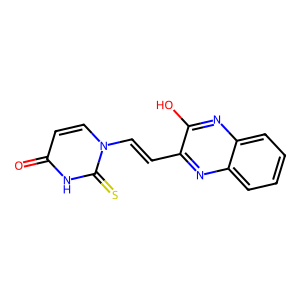
SMILES: O=c1ccn(C=Cc2nc3ccccc3nc2O)c(=S)[nH]1
Inhibits HIV replication: No